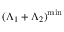
( \Lambda _ { 1 } + \Lambda _ { 2 } ) ^ { \mathrm { m i n } }